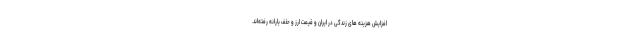
افزایش هزینه های زندگی در ایران و قیمت ارز و حذف یارانه رفته‌اند.